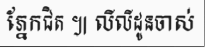
ភ្នែកជិត ៕ លីលីដូនចាស់